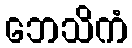
ဘေသိကံ